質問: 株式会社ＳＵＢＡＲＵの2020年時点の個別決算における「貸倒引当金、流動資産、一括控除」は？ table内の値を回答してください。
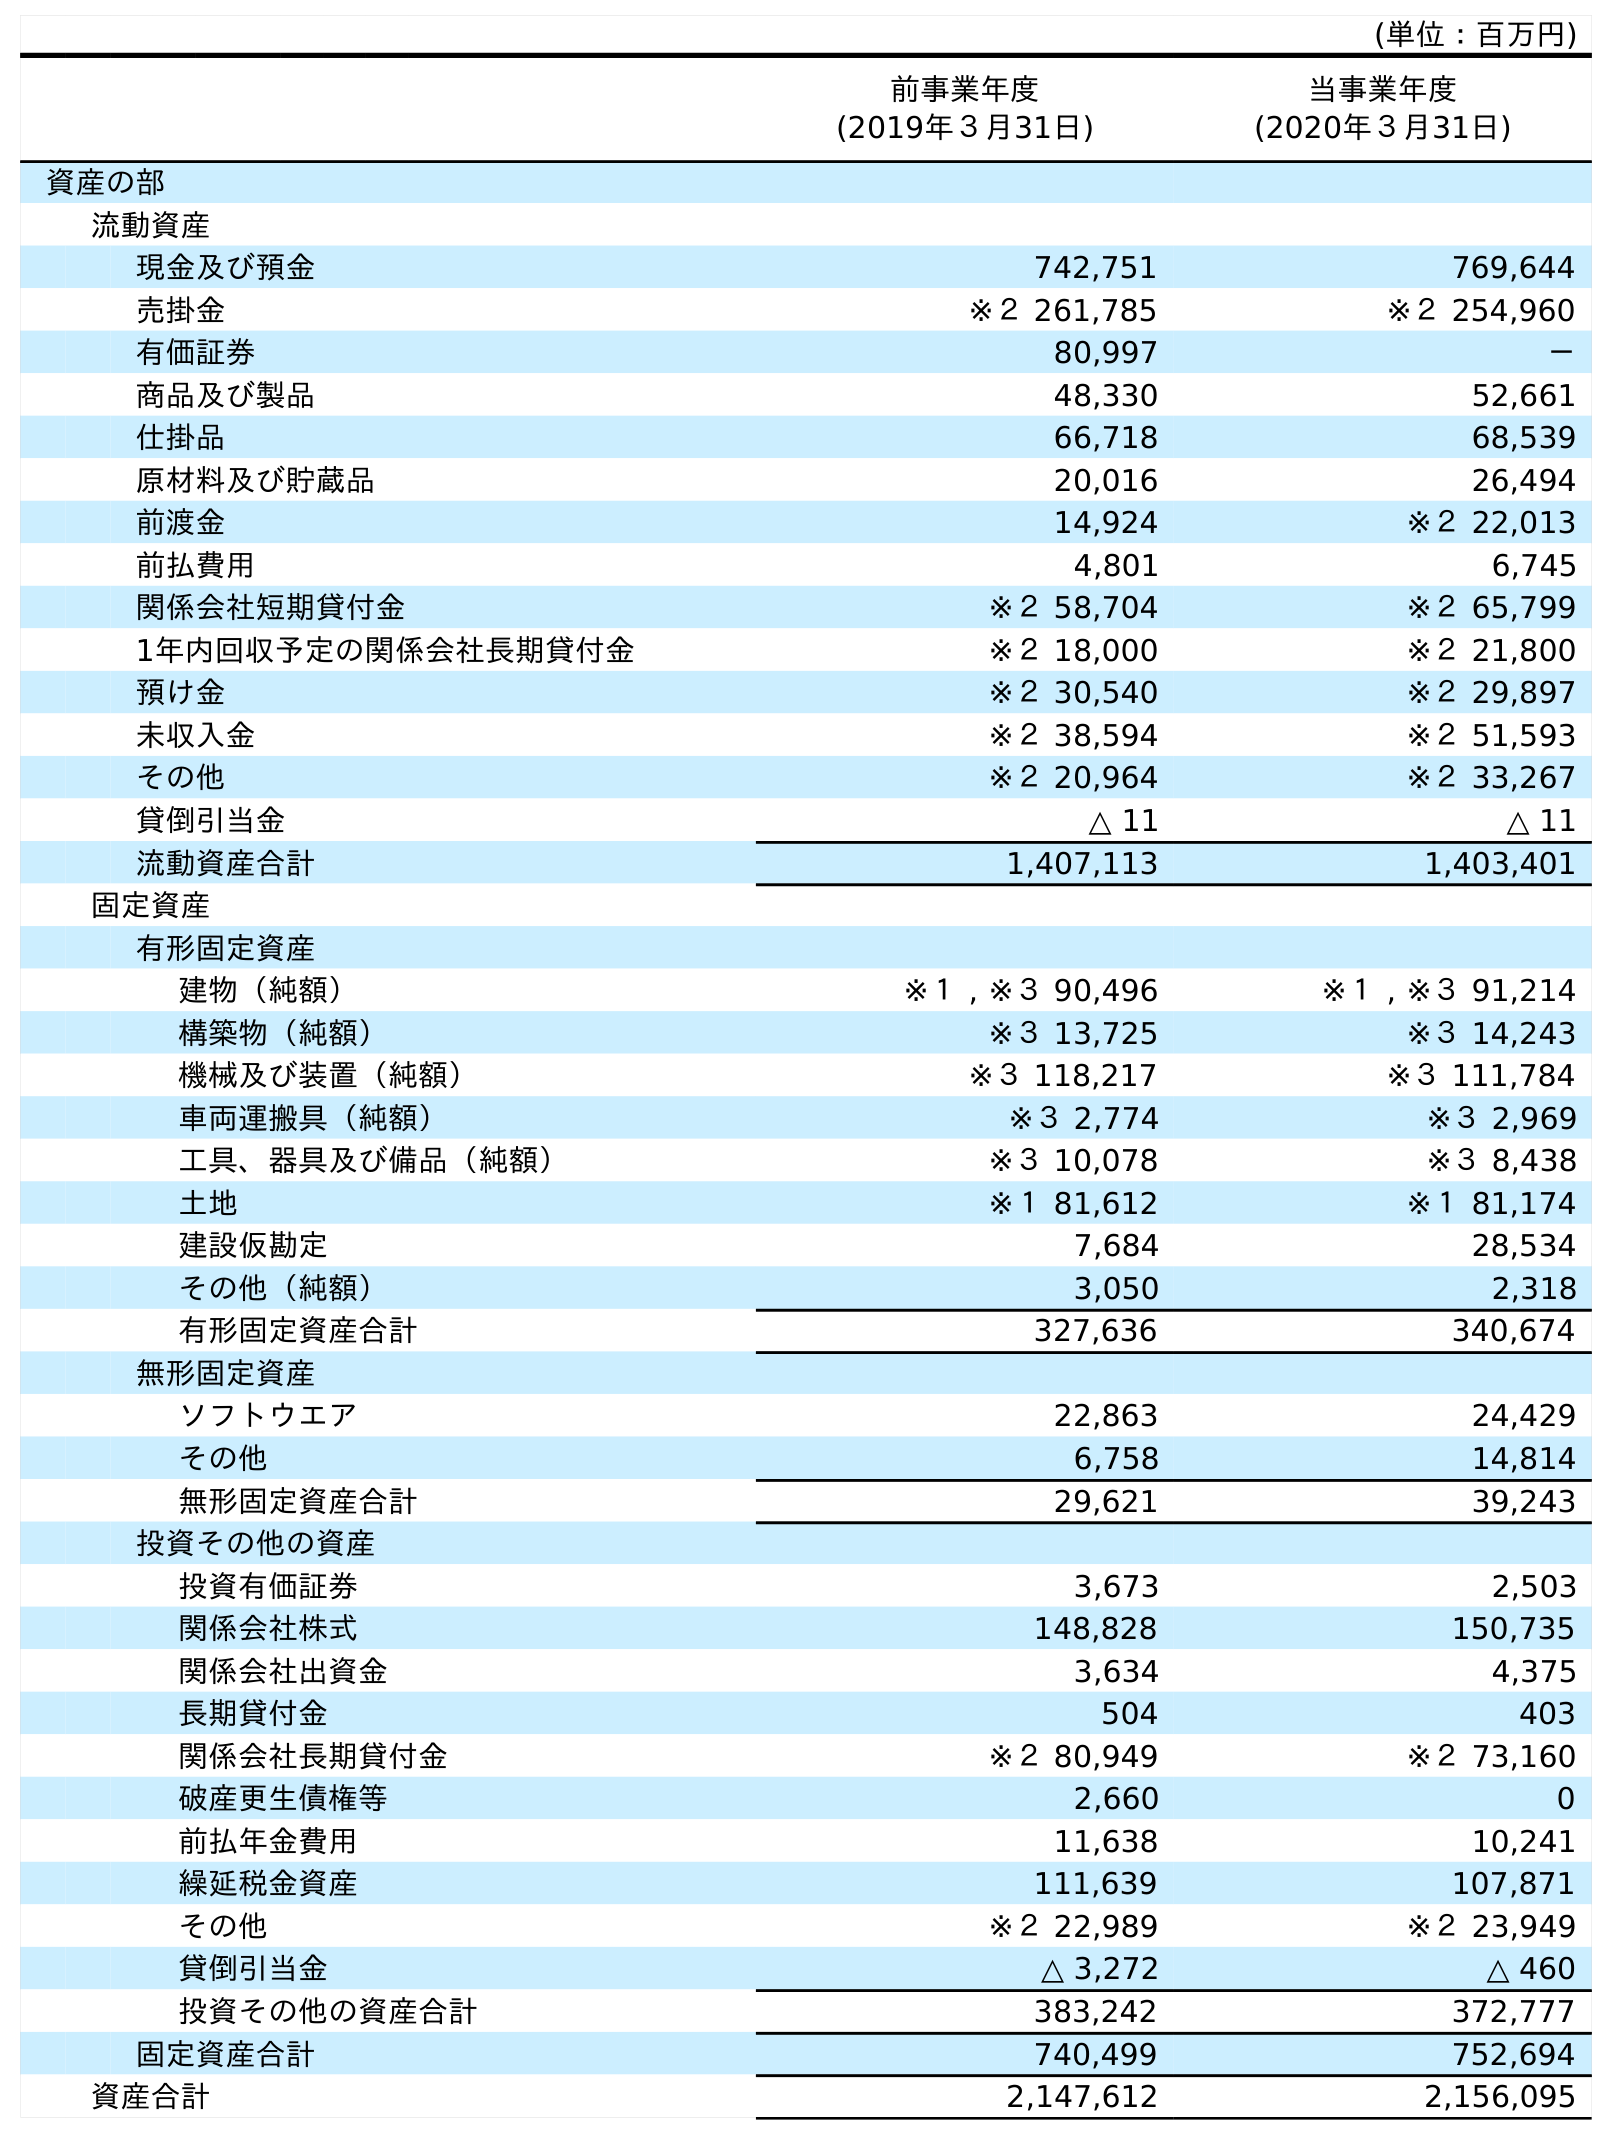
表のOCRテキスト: (単位：百万円) 前事業年度 (2019年３月31日) 当事業年度 (2020年３月31日) 資産の部 流動資産 現金及び預金 742,751 769,644 売掛金 ※２ 261,785 ※２ 254,960 有価証券 80,997 － 商品及び製品 48,330 52,661 仕掛品 66,718 68,539 原材料及び貯蔵品 20,016 26,494 前渡金 14,924 ※２ 22,013 前払費用 4,801 6,745 関係会社短期貸付金 ※２ 58,704 ※２ 65,799 1年内回収予定の関係会社長期貸付金 ※２ 18,000 ※２ 21,800 預け金 ※２ 30,540 ※２ 29,897 未収入金 ※２ 38,594 ※２ 51,593 その他 ※２ 20,964 ※２ 33,267 貸倒引当金 △ 11 △ 11 流動資産合計 1,407,113 1,403,401 固定資産 有形固定資産 建物（純額） ※１ , ※３ 90,496 ※１ , ※３ 91,214 構築物（純額） ※３ 13,725 ※３ 14,243 機械及び装置（純額） ※３ 118,217 ※３ 111,784 車両運搬具（純額） ※３ 2,774 ※３ 2,969 工具、器具及び備品（純額） ※３ 10,078 ※３ 8,438 土地 ※１ 81,612 ※１ 81,174 建設仮勘定 7,684 28,534 その他（純額） 3,050 2,318 有形固定資産合計 327,636 340,674 無形固定資産 ソフトウエア 22,863 24,429 その他 6,758 14,814 無形固定資産合計 29,621 39,243 投資その他の資産 投資有価証券 3,673 2,503 関係会社株式 148,828 150,735 関係会社出資金 3,634 4,375 長期貸付金 504 403 関係会社長期貸付金 ※２ 80,949 ※２ 73,160 破産更生債権等 2,660 0 前払年金費用 11,638 10,241 繰延税金資産 111,639 107,871 その他 ※２ 22,989 ※２ 23,949 貸倒引当金 △ 3,272 △ 460 投資その他の資産合計 383,242 372,777 固定資産合計 740,499 752,694 資産合計 2,147,612 2,156,095
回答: △11